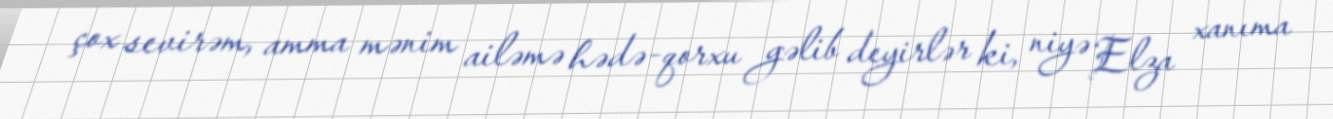
çox sevirəm, amma mənim ailəmə hədə-qorxu gəlib deyirlər ki, niyə Elza xanıma